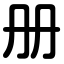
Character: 册